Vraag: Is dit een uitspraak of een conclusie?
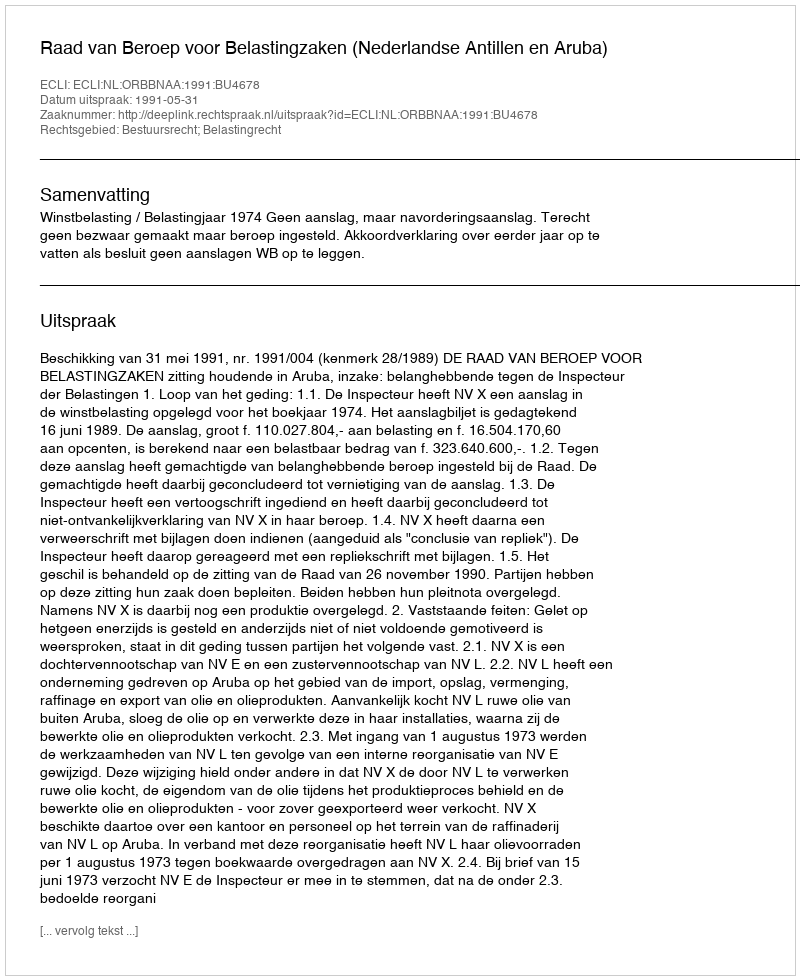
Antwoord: Uitspraak